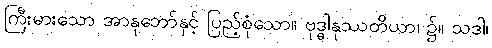
ကြီးမားသော အာနုဘော်နှင့် ပြည့်စုံသော။ ဗုဒ္ဓါနုဿတိယာ၊ ၌။ သဒါ၊